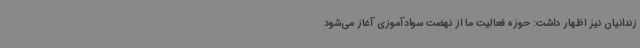
زندانیان نیز اظهار داشت: حوزه فعالیت ما از نهضت سوادآموزی آغاز می‌شود